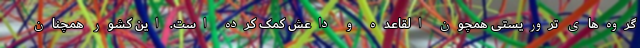
گروه‌های تروریستی همچون القاعده و داعش کمک کرده است. این کشور همچنان